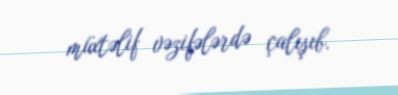
müxtəlif vəzifələrdə çalışıb.